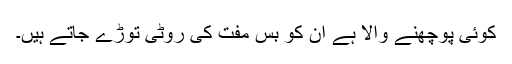
کوئی پوچھنے والا ہے ان کو بس مفت کی روٹی توڑے جاتے ہیں۔